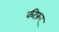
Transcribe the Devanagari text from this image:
कीफ़र